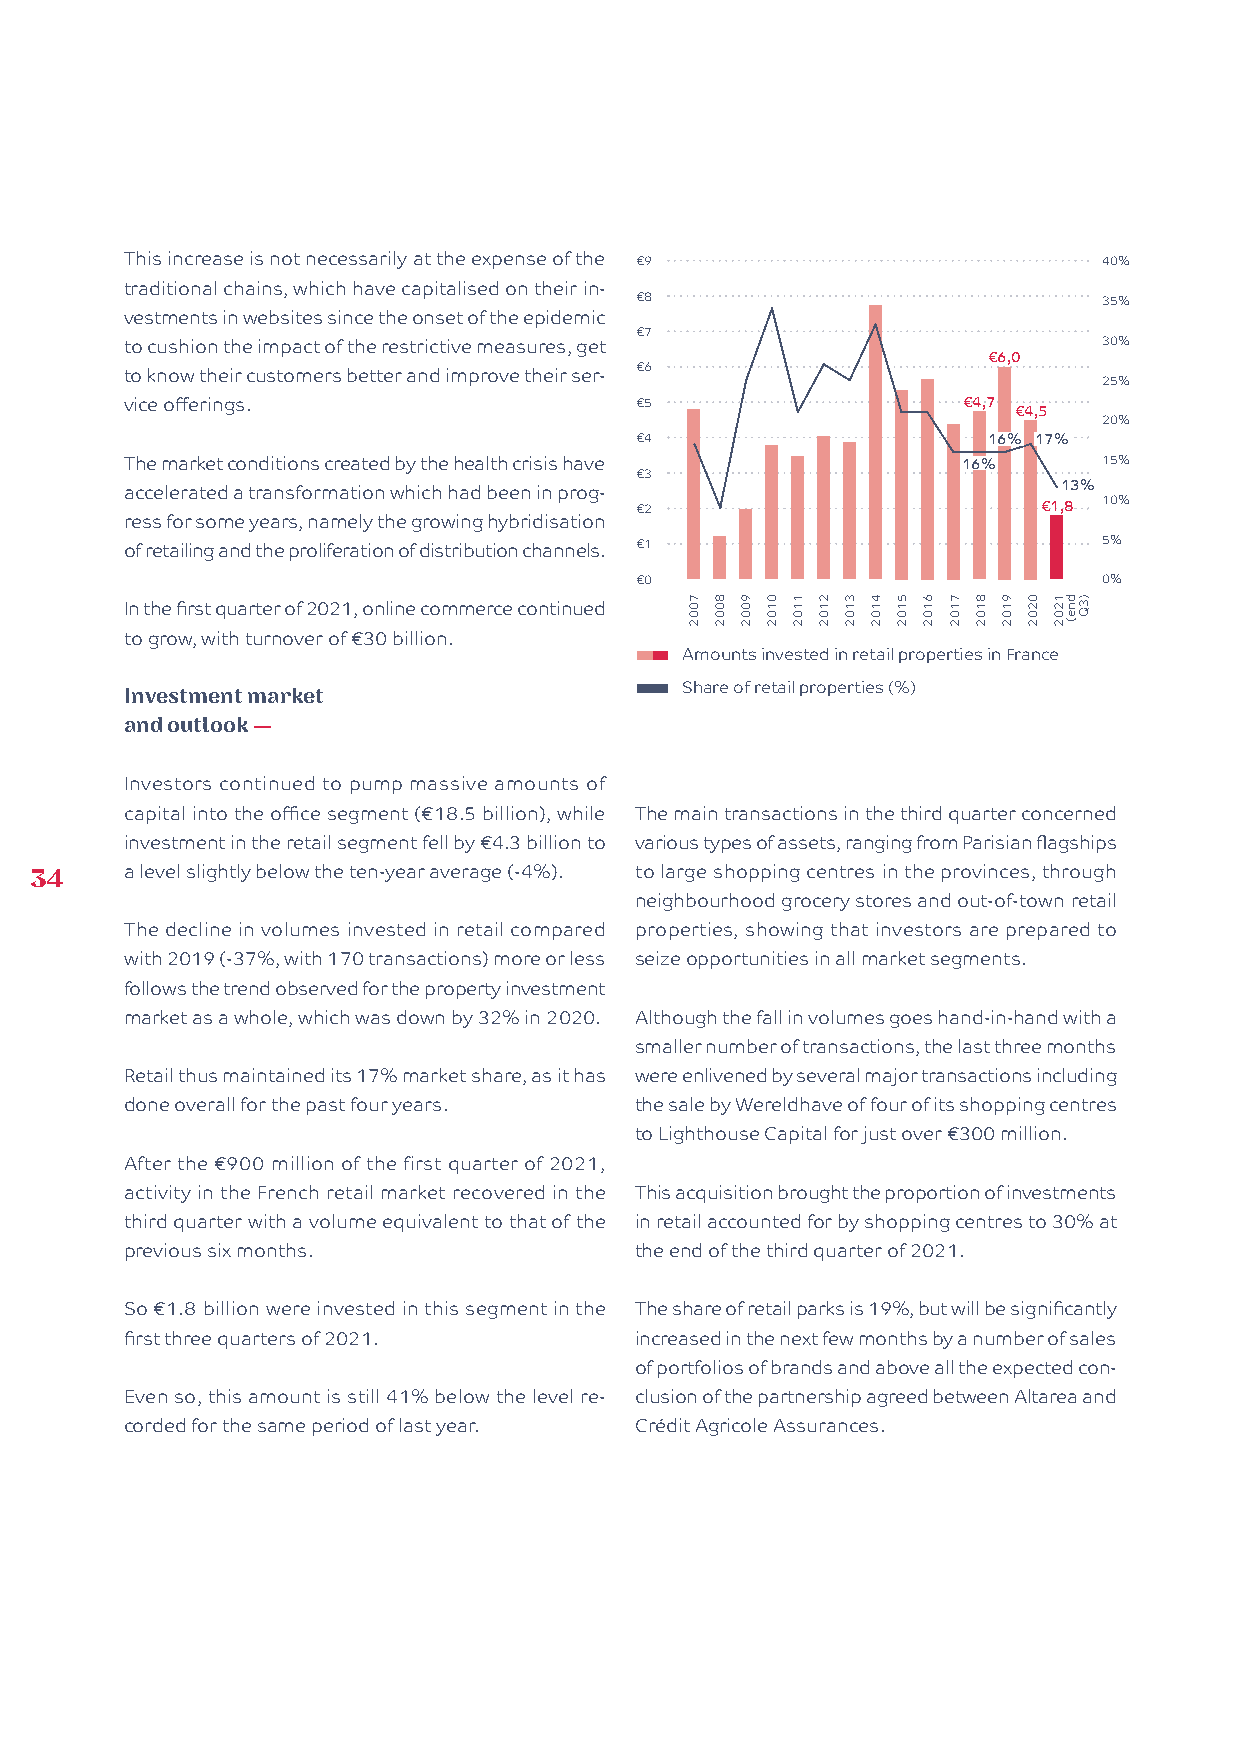
This increase is not necessarily at the expense of the €9        40%
 traditional chains, which have capitalised on their in-
 €8                             35%
 vestments in websites since the onset of the epidemic
 €7
 to cushion the impact of the restrictive measures, get           30%
 €6,0
 €6
 to know their customers better and improve their ser-            25%
 vice offerings.                   €5                    €4,7
 €4,5
 20%
 €4                     16% 17%
 The market conditions created by the health crisis have 16%      15%
 €3
 13%
 accelerated a transformation which had been in prog-
 €2                         €1,8 10%
 ress for some years, namely the growing hybridisation
 of retailing and the proliferation of distribution channels. €1  5%
 €0                             0%
 In the first quarter of 2021, online commerce continued
 to grow, with turnover of €30 billion.
 Amounts invested in retail properties in France
 Investment market                    Share of retail properties (%)
 and outlook —
 Investors continued to pump massive amounts of
 capital into the office segment (€18.5 billion), while The main transactions in the third quarter concerned
 investment in the retail segment fell by €4.3 billion to various types of assets, ranging from Parisian flagships
 34    a level slightly below the ten-year average (-4%). to large shopping centres in the provinces, through
 neighbourhood grocery stores and out-of-town retail
 The decline in volumes invested in retail compared properties, showing that investors are prepared to
 with 2019 (-37%, with 170 transactions) more or less seize opportunities in all market segments.
 follows the trend observed for the property investment
 market as a whole, which was down by 32% in 2020. Although the fall in volumes goes hand-in-hand with a
 smaller number of transactions, the last three months
 Retail thus maintained its 17% market share, as it has were enlivened by several major transactions including
 done overall for the past four years. the sale by Wereldhave of four of its shopping centres
 to Lighthouse Capital for just over €300 million.
 After the €900 million of the first quarter of 2021,
 activity in the French retail market recovered in the This acquisition brought the proportion of investments
 third quarter with a volume equivalent to that of the in retail accounted for by shopping centres to 30% at
 previous six months.              the end of the third quarter of 2021.
 So €1.8 billion were invested in this segment in the The share of retail parks is 19%, but will be significantly
 first three quarters of 2021.     increased in the next few months by a number of sales
 of portfolios of brands and above all the expected con-
 Even so, this amount is still 41% below the level re- clusion of the partnership agreed between Altarea and
 corded for the same period of last year. Crédit Agricole Assurances.
 7002 8002 9002 0102 1102 2102 3102 4102 5102 6102 7102 8102 9102 0202 1202 dne( )3Q